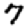
Digit: 7